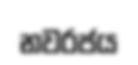
නවරජය